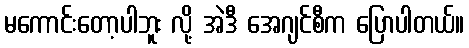
မကောင်းတော့ပါဘူး လို့ အဲဒီ အေဂျင်စီက ပြောပါတယ်။